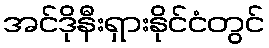
အင်ဒိုနီးရှားနိုင်ငံတွင်